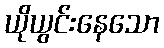
ယိုယွင်းနေသော